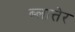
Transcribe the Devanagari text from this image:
ब्लात्तेर